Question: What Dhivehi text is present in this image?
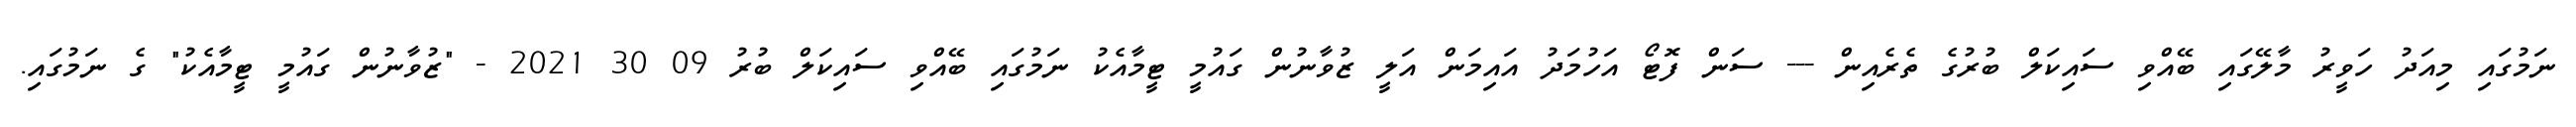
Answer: ނަމުގައި މިއަދު ހަވީރު މާލޭގައި ބޭއްވި ސައިކަލް ބުރުގެ ތެރެއިން --- ސަން ފޮޓޯ އަހުމަދު އައިމަން އަލީ ޒުވާނުން ގައުމީ ޓީމާއެކު ނަމުގައި ބޭއްވި ސައިކަލް ބުރު 09 30 2021 - "ޒުވާނުން ގައުމީ ޓީމާއެކު" ގެ ނަމުގައި.